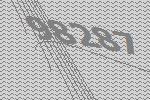
98287